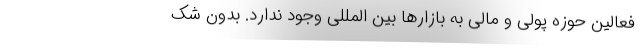
فعالین حوزه پولی و مالی به بازارها بین المللی وجود ندارد. بدون شک